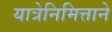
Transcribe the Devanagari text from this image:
यात्रेनिमित्ताने